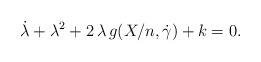
LaTeX: \begin{align*} \dot\lambda +\lambda^2 + 2\,{\lambda} \,g(X/n,\dot\gamma) +k = 0.\end{align*}